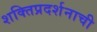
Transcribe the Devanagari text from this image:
शक्तिप्रदर्शनाची